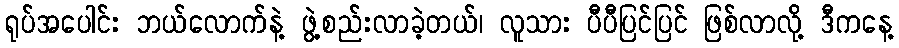
ရုပ်အပေါင်း ဘယ်လောက်နဲ့ ဖွဲ့စည်းလာခဲ့တယ်၊ လူသား ပီပီပြင်ပြင် ဖြစ်လာလို့ ဒီကနေ့